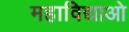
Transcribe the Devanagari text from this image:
महाविद्याओ